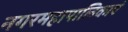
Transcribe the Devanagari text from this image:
नगरमहापालिकाएं